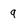
Character: q